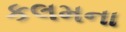
કલમના